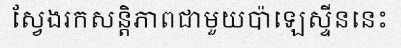
ស្វែងរកសន្តិភាពជាមួយប៉ាឡេស្ទីននេះ